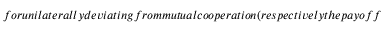
f o r u n i l a t e r a l l y d e v i a t i n g f r o m m u t u a l c o o p e r a t i o n ( r e s p e c t i v e l y t h e p a y o f f